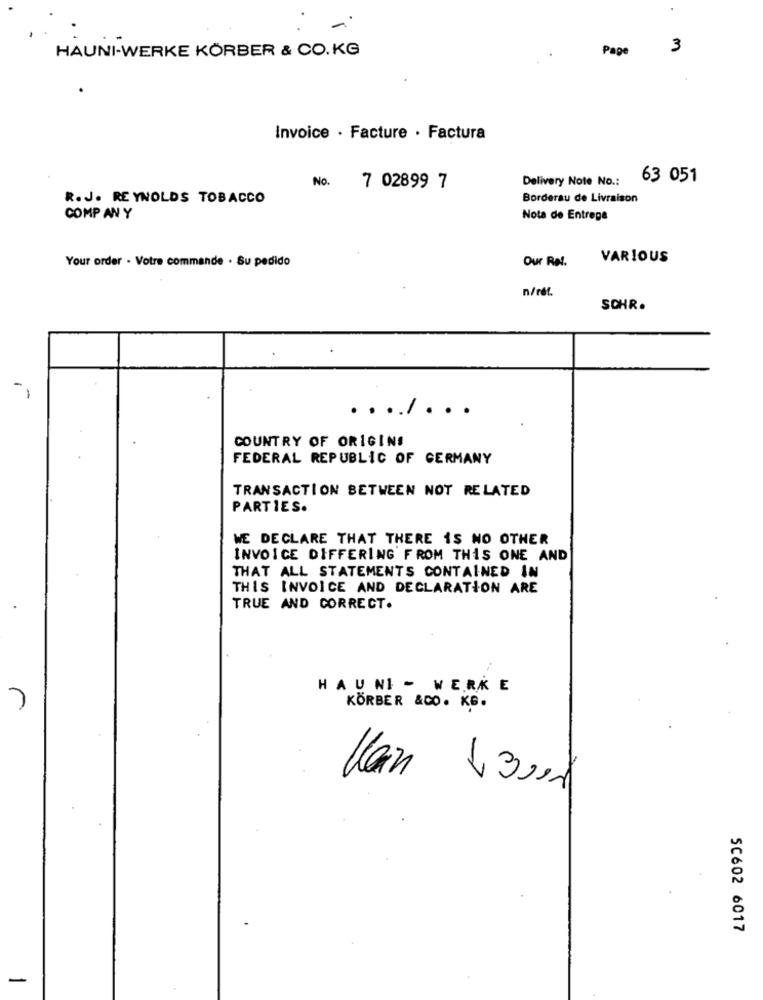
HAUNI-WERKE KÖRBER & CO.KG
Page
3
Invoice · Facture . Factura
Delivery Note No .:
63 051
No.
7 02899 7
R.J. REYNOLDS TOBACCO
Borderau de Livraison
COMP AN Y
Nota de Entrega
Your order - Votre commande . Su pedido
Our Ret.
VARIOUS
n/réf.
SCHR.
.
.
COUNTRY OF ORIGIN!
FEDERAL REPUBLIC OF GERMANY
TRANSACTION BETWEEN NOT RELATED
PARTIES.
WE DECLARE THAT THERE IS NO OTHER
INVOICE DIFFERING FROM THIS ONE AND
THAT ALL STATEMENTS CONTAINED IN
THIS INVOICE AND DECLARATION ARE
TRUE AND CORRECT.
HAUNI - WERKE
7
KÖRBER &CO. KG.
SC602 6017
-